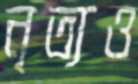
নৃত্যও